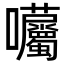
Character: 𡆜